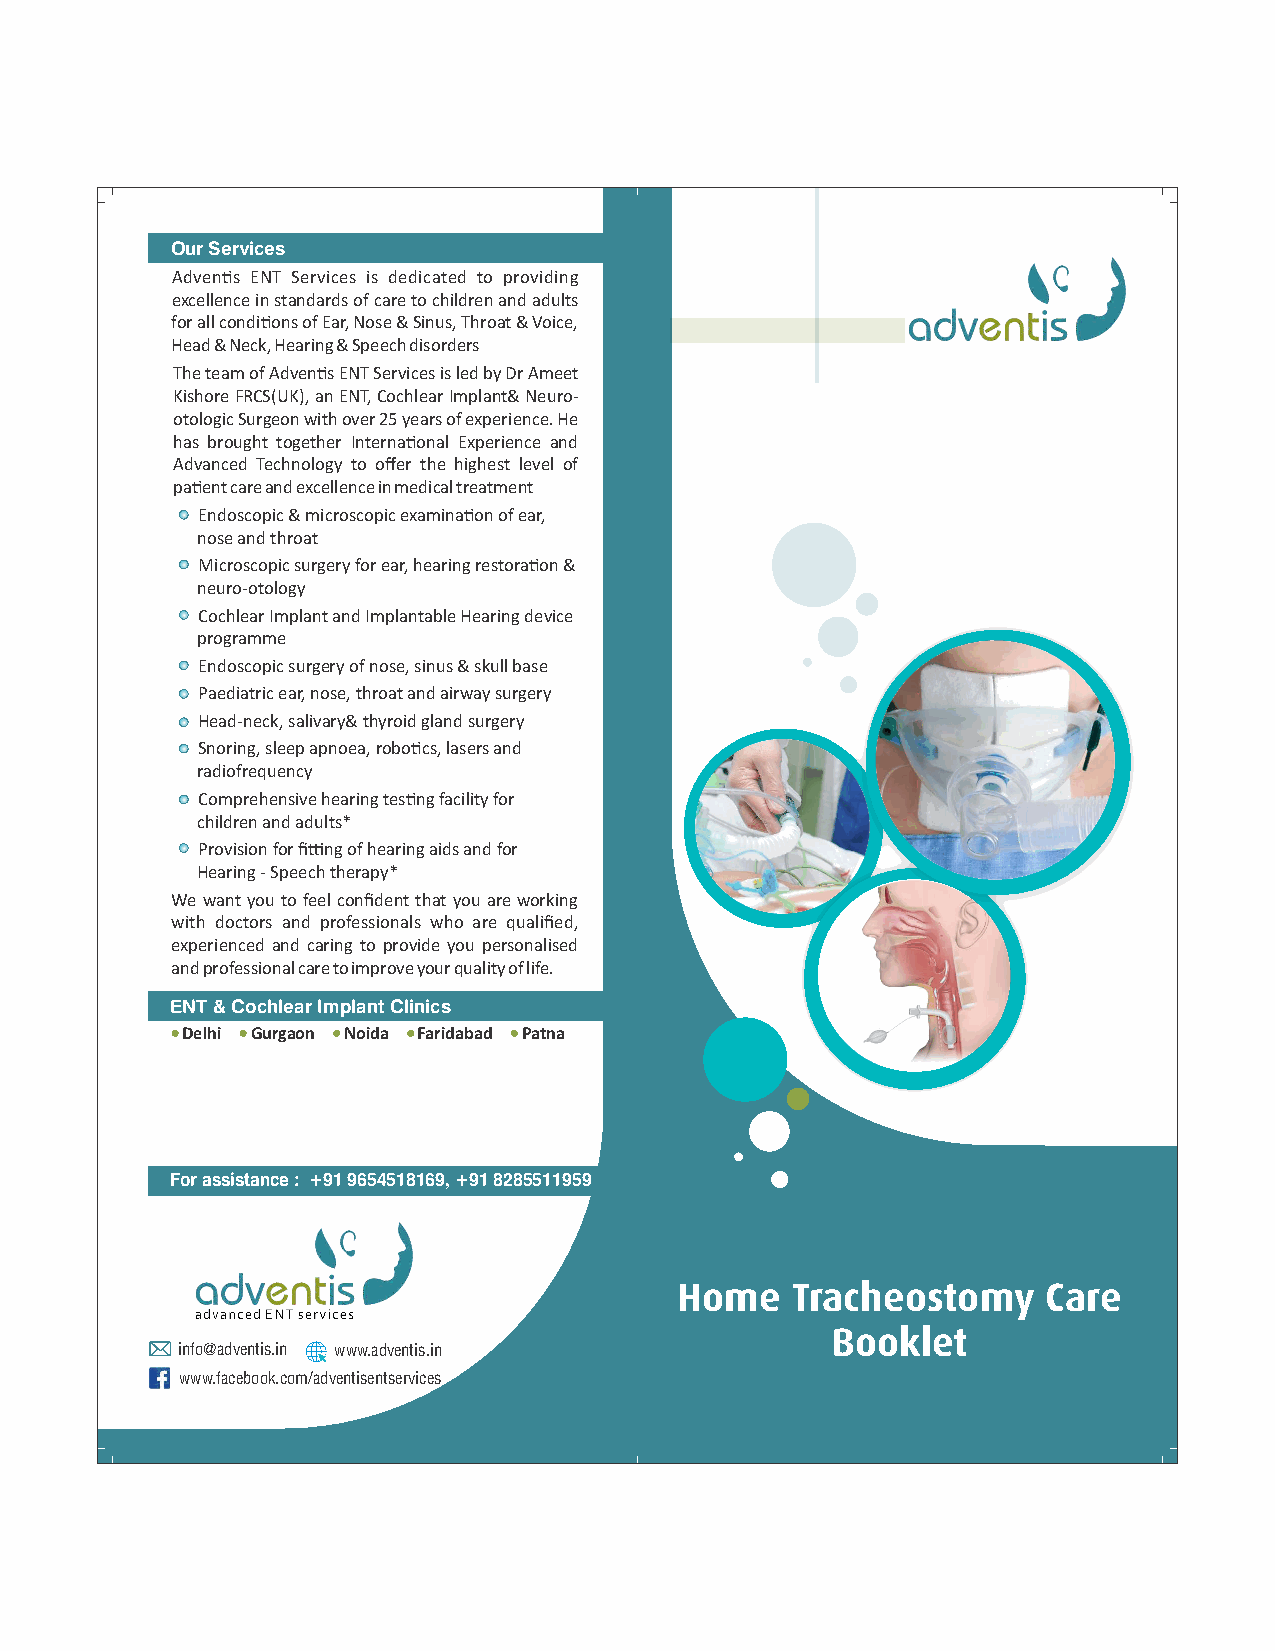
Our Services
 Advens ENT Services is dedicated to providing
 excellence in standards of care to children and adults
 for all condions of Ear, Nose & Sinus, Throat & Voice,
 Head & Neck, Hearing & Speech disorders
 The team of Advens ENT Services is led by Dr Ameet
 Kishore FRCS(UK), an ENT, Cochlear Implant& Neuro-
 otologic Surgeon with over 25 years of experience. He
 has brought together Internaonal Experience and
 Advanced Technology to offer the highest level of
 paent care and excellence in medical treatment
 Endoscopic & microscopic examinaon of ear,
 nose and throat
 Microscopic surgery for ear, hearing restoraon &
 neuro-otology
 Cochlear Implant and Implantable Hearing device
 programme
 Endoscopic surgery of nose, sinus & skull base
 Paediatric ear, nose, throat and airway surgery
 Head-neck, salivary& thyroid gland surgery
 Snoring, sleep apnoea, robocs, lasers and
 radiofrequency
 Comprehensive hearing tesng facility for
 children and adults*
 Provision for fing of hearing aids and for
 Hearing - Speech therapy*
 We want you to feel confident that you are working
 with doctors and professionals who are qualified,
 experienced and caring to provide you personalised
 and professional care to improve your quality of life.
 ENT & Cochlear Implant Clinics
 Delhi Gurgaon Noida Faridabad Patna
 For assistance : +91 9654518169, +91 8285511959
 Home   Tracheostomy     Care
 Booklet
 info@adventis.in www.adventis.in
 www.facebook.com/adventisentservices